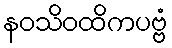
နဝသိဝထိကပဗ္ဗံ